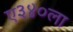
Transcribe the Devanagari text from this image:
ए३४०ला